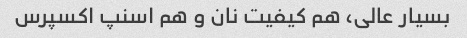
بسیار عالی، هم کیفیت نان و هم اسنپ اکسپرس